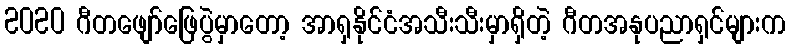
2020 ဂီတဖျော်ဖြေပွဲမှာတော့ အာရှနိုင်ငံအသီးသီးမှာရှိတဲ့ ဂီတအနုပညာရှင်များက